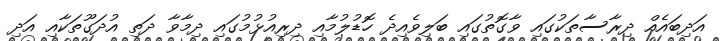
އަދިބައެއް ދިރާސާތަކުގައި ވާގޮތުގައި ބަލިވެއިދެ ހޮޑުލުމާއި ދިރިއުޅުމުގައި ދިމާވާ ދަތި އުދަގޫތަކާއި އަދި